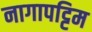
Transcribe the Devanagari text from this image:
नागापट्टिम